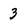
Character: 3